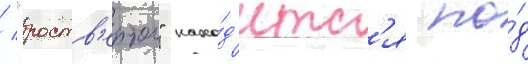
/ "роств'ертол" нахо́д'итс'я по́д